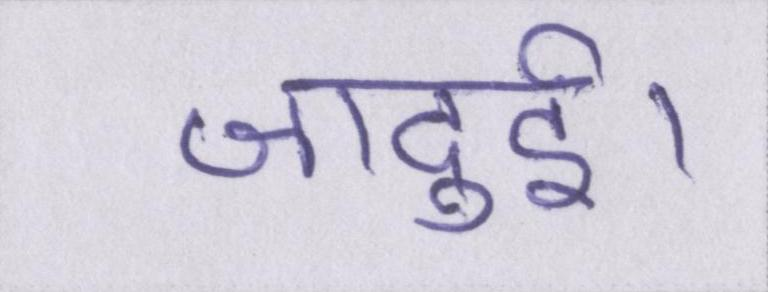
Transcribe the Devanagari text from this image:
जादुई।